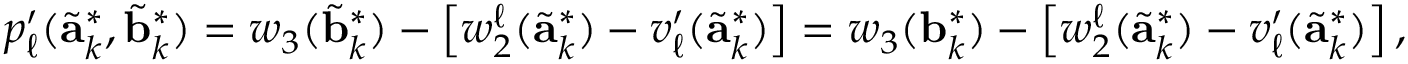
p _ { \ell } ^ { \prime } ( \tilde { \mathbf { a } } _ { k } ^ { * } , \tilde { \mathbf { b } } _ { k } ^ { * } ) = w _ { 3 } ( \tilde { \mathbf { b } } _ { k } ^ { * } ) - \left[ w _ { 2 } ^ { \ell } ( \tilde { \mathbf { a } } _ { k } ^ { * } ) - v _ { \ell } ^ { \prime } ( \tilde { \mathbf { a } } _ { k } ^ { * } ) \right] = w _ { 3 } ( \mathbf { b } _ { k } ^ { * } ) - \left[ w _ { 2 } ^ { \ell } ( \tilde { \mathbf { a } } _ { k } ^ { * } ) - v _ { \ell } ^ { \prime } ( \tilde { \mathbf { a } } _ { k } ^ { * } ) \right] ,